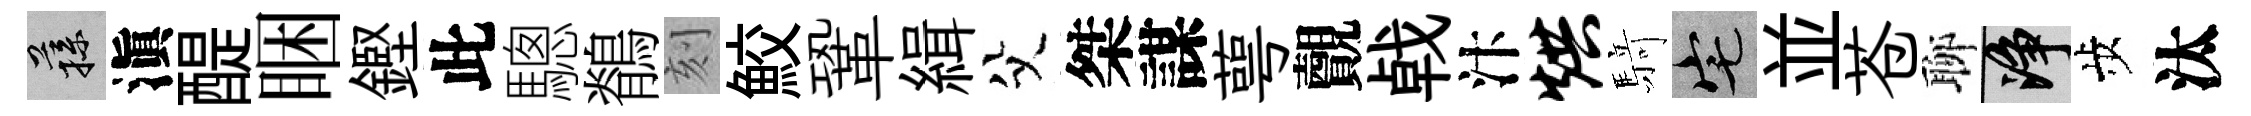
蓀滇醍睏鏗此驄鶺刻鮫鞏緝父桀謀萼覿㦸汴烘𮪍宅並苍聊净歩汰